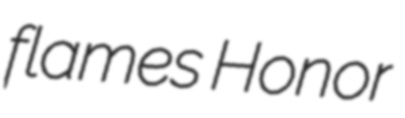
flames Honor